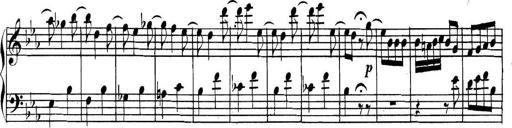
Title: Collected Piano Sonatas
Composer: Muzio Clementi